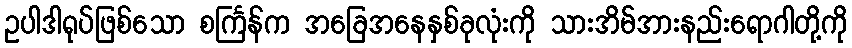
ဥပါဒါရုပ်ဖြစ်သော စင်္ကြန်က အခြေအနေနှစ်ခုလုံးကို သားအိမ်အားနည်းရောဂါတို့ကို